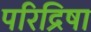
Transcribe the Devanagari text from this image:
परिद्रिषा